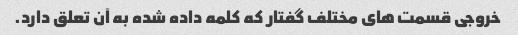
خروجی قسمت های مختلف گفتار که کلمه داده شده به آن تعلق دارد.